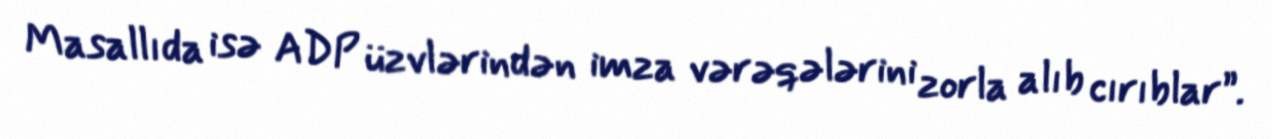
Masallıda isə ADP üzvlərindən imza vərəqələrini zorla alıb cırıblar”.